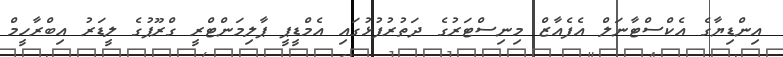
އިންޑިޔާގެ އެކްސްޓާނަލް އެފެއާޒް މިނިސްޓަރުގެ ދަތުރުފުޅުގައި އެމްޑީޕީ ޕާލިމަންޓްރީ ގްރޫޕުގެ ލީޑަރު އިބްރާހީމް